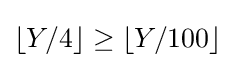
\left\lfloor Y/4\right\rfloor \geq \left\lfloor Y/100\right\rfloor